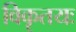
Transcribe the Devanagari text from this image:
विकृतयः